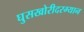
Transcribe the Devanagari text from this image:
घुसखोरीदरम्यान